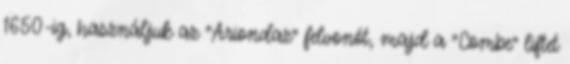
1650-ig, használjuk az "Ariondaz" felvonót, majd a "Combe" liftet